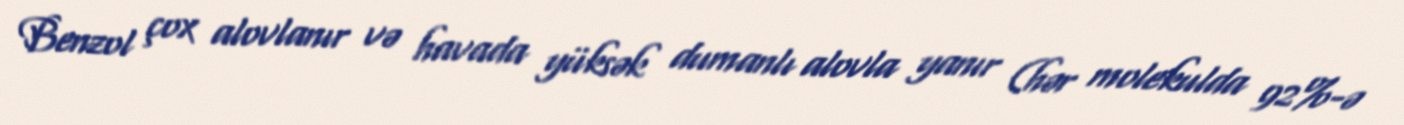
Benzol çox alovlanır və havada yüksək dumanlı alovla yanır (hər molekulda 92%-ə